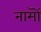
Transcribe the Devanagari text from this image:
नामॊं